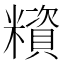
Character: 𥼻